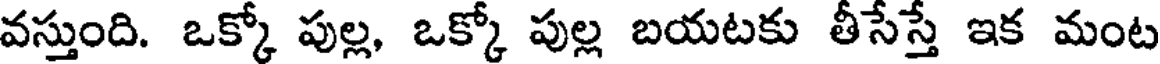
వస్తుంది. ఒక్కో పుల్ల, ఒక్కో పుల్ల బయటకు తీసేస్తే ఇక మంట